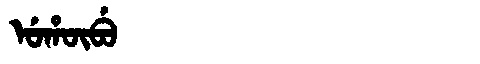
Manchu: ᡠᡥᡡᠪᡠ
Romanization: UHŪBU